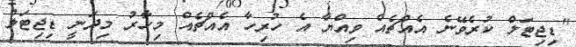
"ޑިޖިޓަލް ކުރެވޭނެ އެއްޗެއް ވިއްޔާ އެ ހުރިހާ އެއްޗެއް މިހާރު މިދަނީ ޑިޖިޓަލް